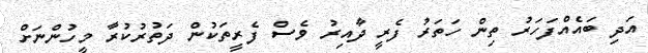
އަދި ބައެއްފަހަރު ތިން ހަތަރު ފެރީ ދާއިރު ވެސް ފެރީތަކުން ދަތުރުކުރާ މީހުންނަށް